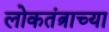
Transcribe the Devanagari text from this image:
लोकतंत्राच्या